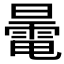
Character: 𣋔